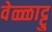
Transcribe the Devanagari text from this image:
वेळ्ळाट्टु